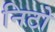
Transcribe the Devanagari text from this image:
निटो